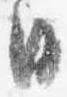
日